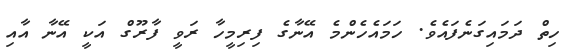
ހިތް ދަމައިގަނެފައެވެ. ހަމައެހެންމެ އޭނާގެ ފިރިމީހާ ރަވީ ފާރޫގް އަކީ އޭނާ އާއި